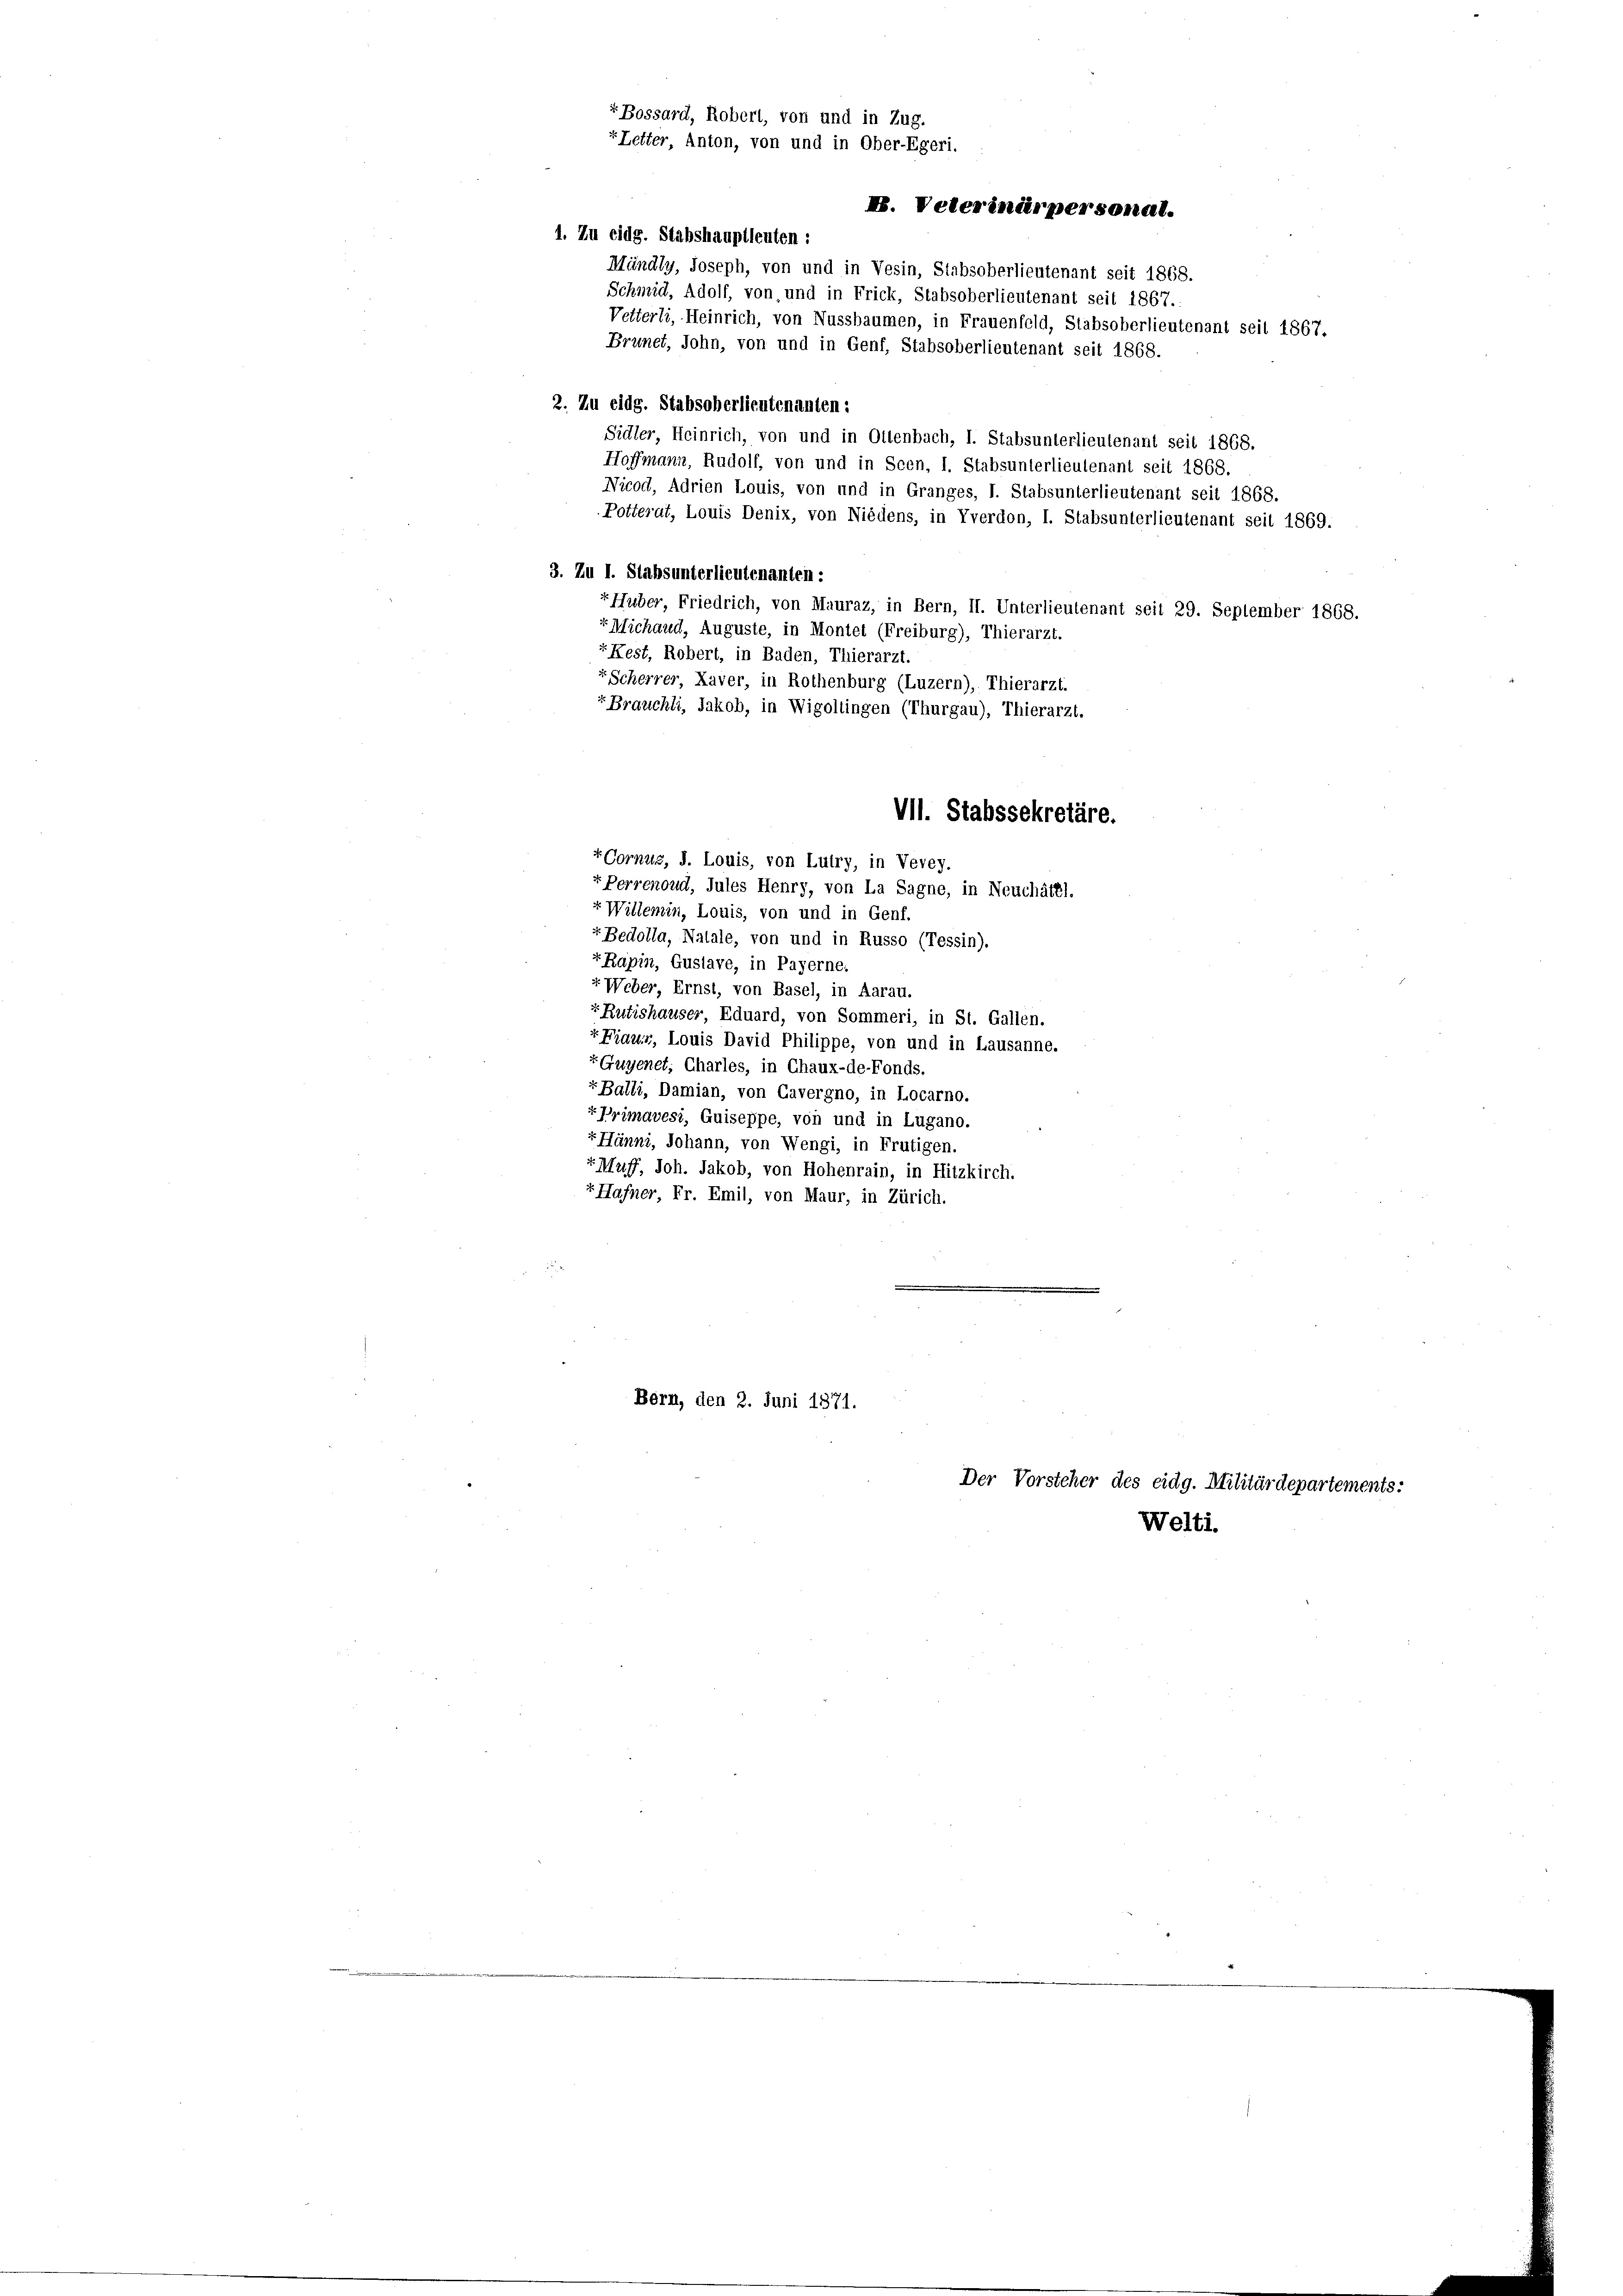
2. Zu eidg. Stabsoberlieutenanten:
Sidler, Heinrich, von und in Ottenbach, I. Stabsunterlieutenant seit 1868.
Hoffmann, Rudolf, von und in Scen, I. Stabsunterlieutenant seit 1868.
Nicod, Adrien Louis, von und in Granges, I. Stabsunterlieutenant seit 1868.
Potterat, Louis Denix, von Niedens, in Vverdon, I. Stabsunterlieutenant seit 1869.
3. Zu I. Stabsunterlieutenanten:
Huber, Friedrich, von Mauraz, in Bern, II. Unterlieutenant seit 29. September 1868.
+ Michaud, Auguste, in Montel (Freiburg), Thierarzt.
“Kest, Robert, in Baden, Thierarzt.
“Scherrer, Laver, in Rothenburg (Luzern), Thierarzt.
“ Brauchli, Jakob, in Wigoltingen (Thurgau), Thierarzt.
VII. Stabssekretäre.
+ Cornuz, d. Louis, von Lutry, in Vevey.
+ Perrenoud, Jules Henry, von La Sagne, in Neuchâtel.
+ Willemin, Louis, von und in Genf.
+Bedolla, Natale, von und in Russo (Tessin).
+Rapin, Auslave, in Payerne.
r. Weber, Ernst, von Basel, in Aarau.
rRutishauser, Eduard, von Sommeri, in St. Gallen.
+ Frauer, Louis David Philippe, von und in Lausanne.
EGuyenet, Charles, in Chaux-de-Fonds.
"Balli, Damian, von Cavergno, in Locarno.
+Primavesi, Quiseppe, von und in Lugano.
EHänni, Johann, von Wengi, in Frutigen.
+ Muff, Joh. Jakob, von Hohenrain, in Hitzkirch.
v. Hafner, Fr. Emil, von Maur, in Zürich.

+ Bossard, Robert, von und in Zug.
r Letter, Anton, von und in Ober-Egeri.
I. Veterinärpersonal.
1. Zu eidg. Stabshauptleuten:
Mündly, Joseph, von und in Vesin, Stabsoberlieutenant seit 1868.
Schmid, Adolf, von, und in Frick, Stabsoberlieutenant seit 1867.
Vetterli, Heinrich, von Nussbaumen, in Frauenfeld, Stabsoberlieutenant seit 1867.
Brunet, John, von und in Genf, Stabsoberlieutenant seit 1868.

Bern, den 2. Juni 1871.

Der Vorsteher des eidg. Militärdepartements:

Welti.